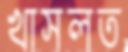
খাসলত